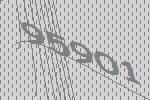
95901